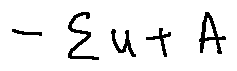
- \sum u + A